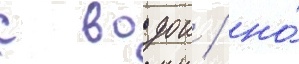
с водои / но́